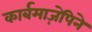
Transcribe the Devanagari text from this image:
कार्बमाज़ेपिने